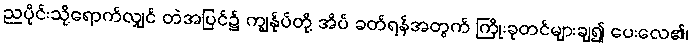
ညပိုင်းသို့ရောက်လျှင် တဲအပြင်၌ ကျွန်ုပ်တို့ အိပ် ခတ်ရန်အတွက် ကြိုးခုတင်များချ၍ ပေးလေ၏၊